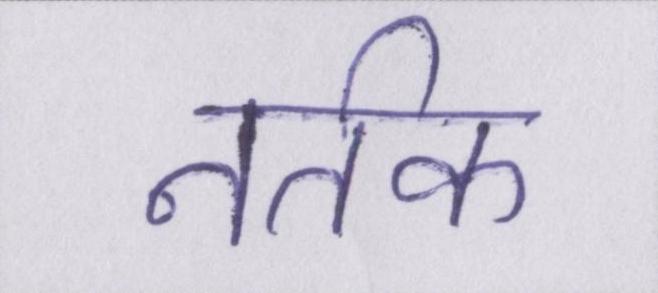
नर्तक